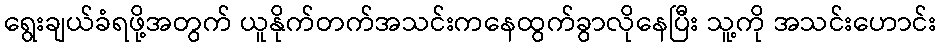
ရွေးချယ်ခံရဖို့အတွက် ယူနိုက်တက်အသင်းကနေထွက်ခွာလိုနေပြီး သူ့ကို အသင်းဟောင်း